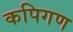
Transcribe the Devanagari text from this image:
कपिगण